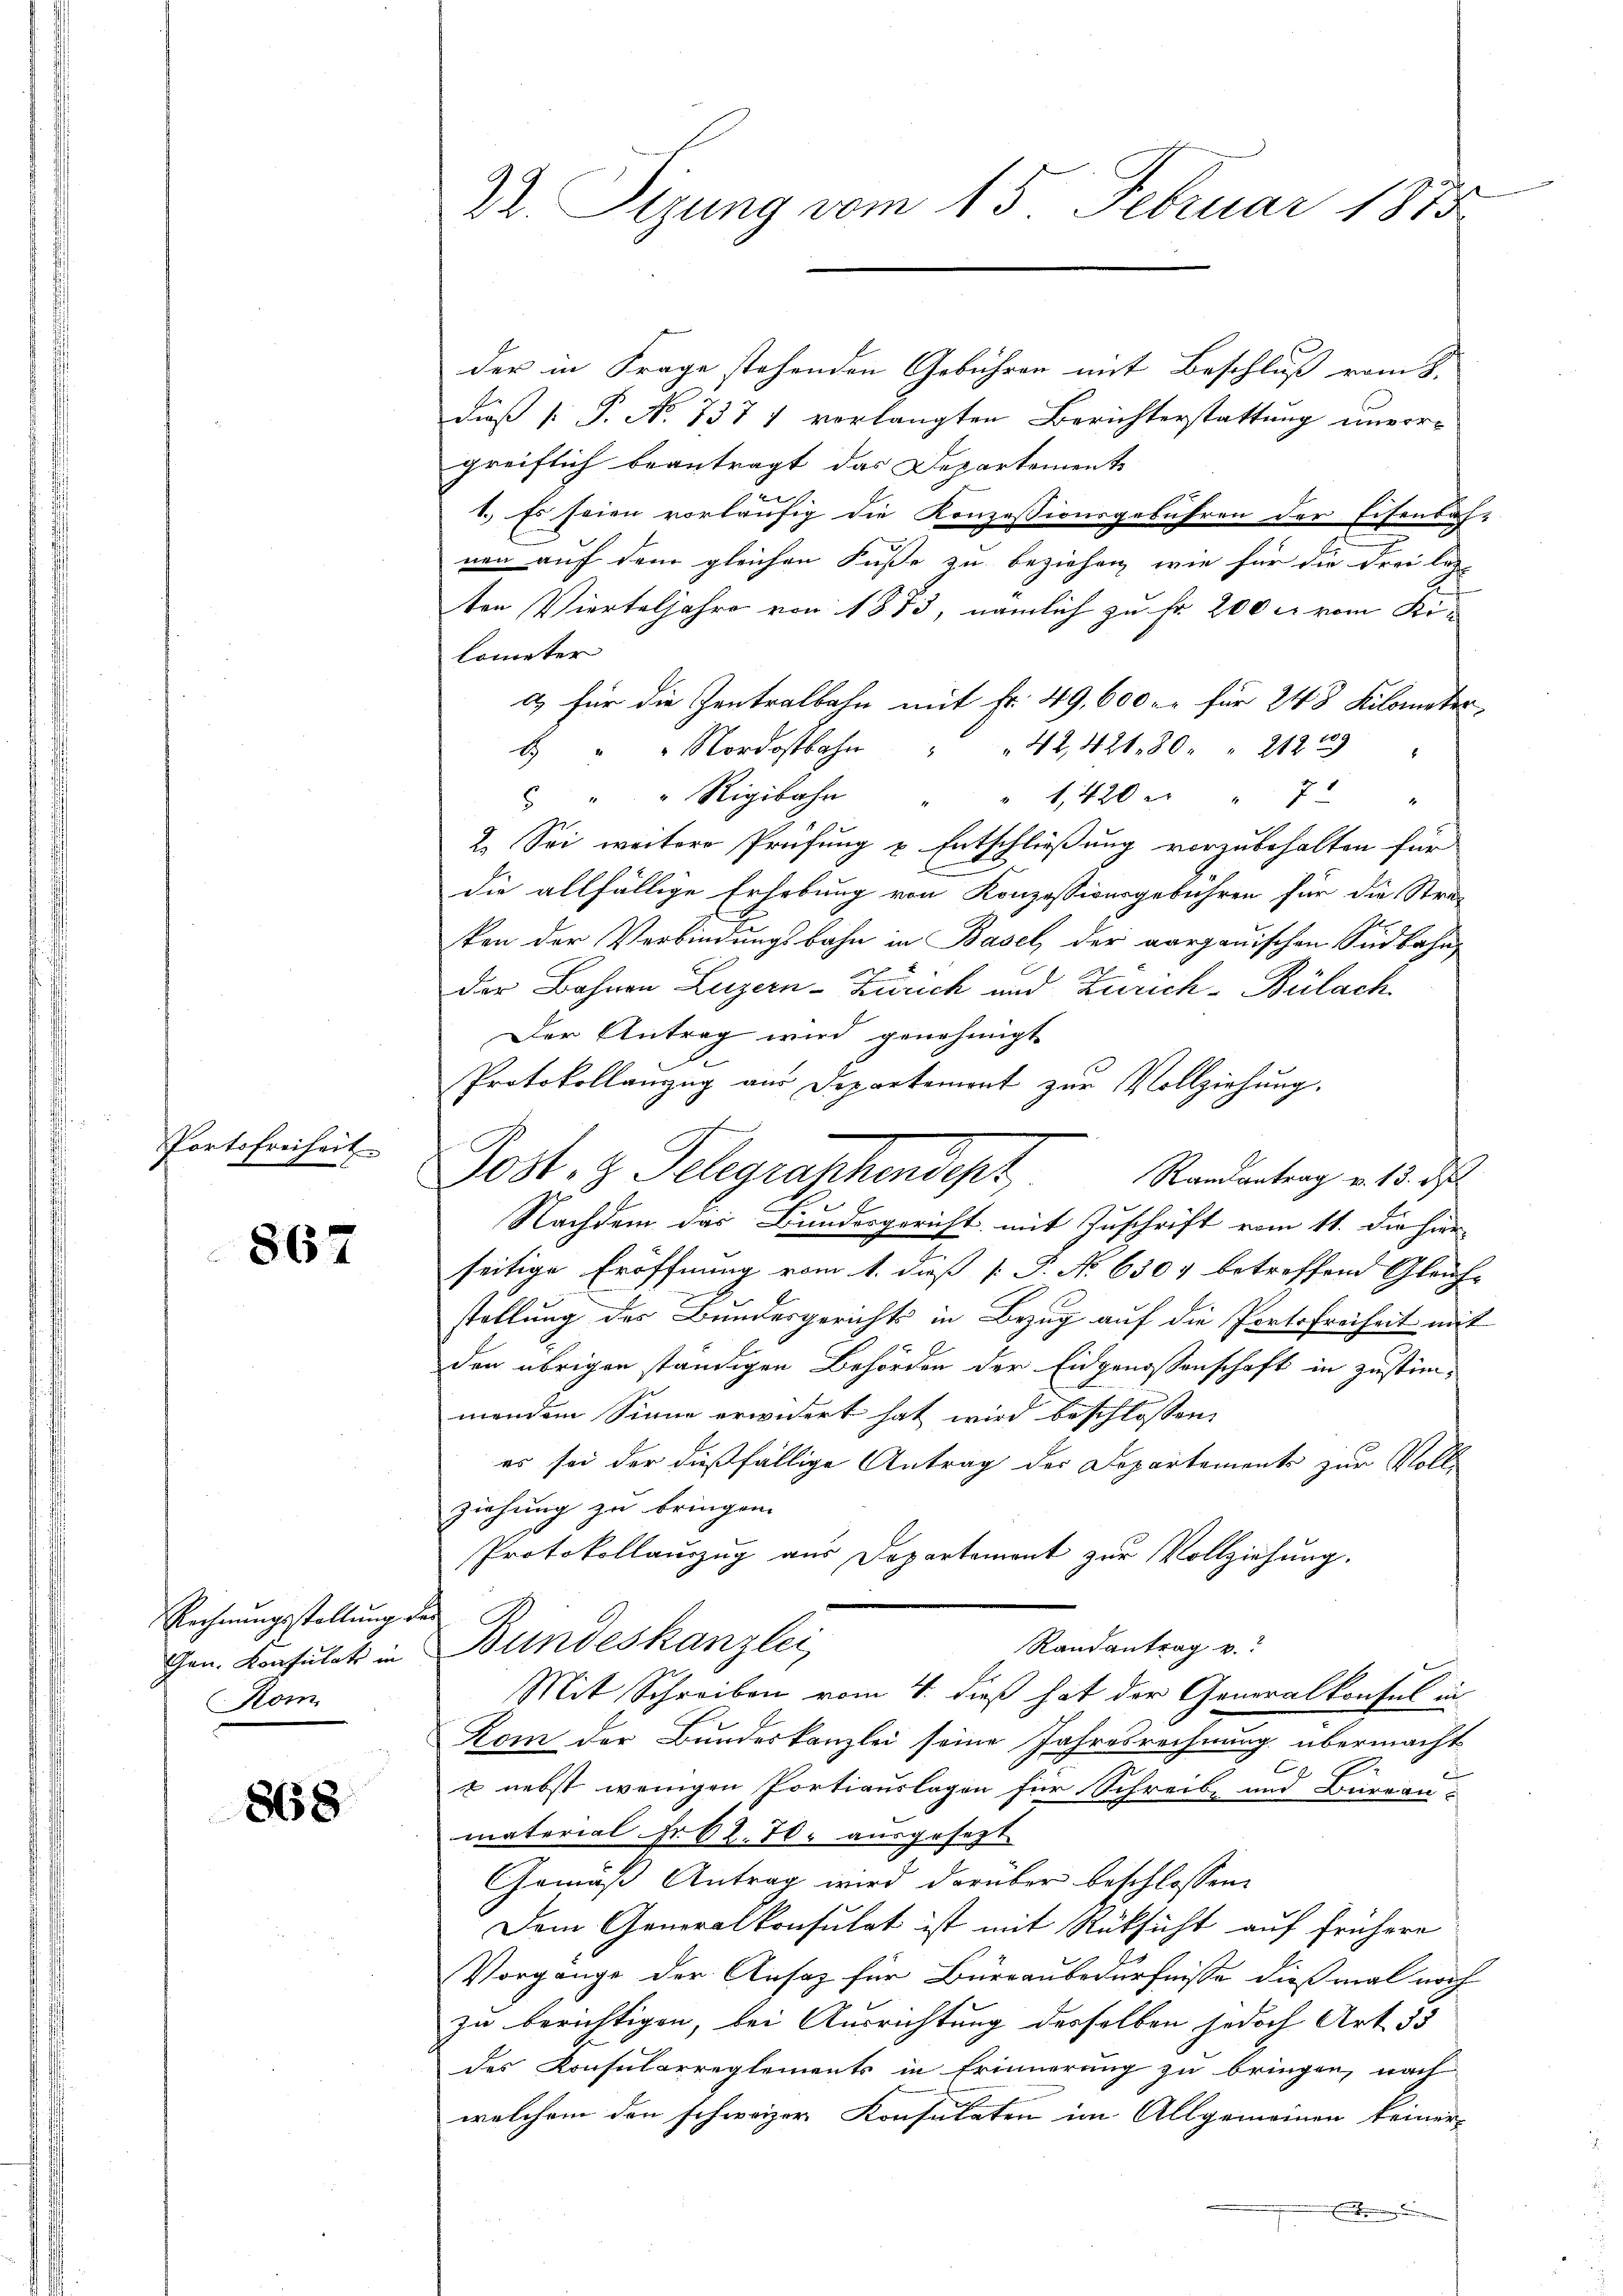
Portofreiheit

867

Rechnungsstellung de
Gen. Konsulats in
Kom

868

Dr. Sizung vom 15. Februar 1875

der in Frage stehenden Gebühren mit Beschluß vom 8.
dieß [ P. N. 737 1 vorlangten Berichterstattung unvergreiflich beantragt das Departement
1. Es seien vorläufig die Konzessionsgebühren der Eisenbah-
nen auf dem gleichen Fuße zu beziehen, wie für die Frei les-
s
ten Vierteljahre von 1873, nämlich zu Fr. 200 c. vom Ki
lometer
a) für die Zentralbahn mit Fr. 49,600. für 248 Kilometer,
4 " " Nordostbahn " " 42, 421. 20 " " 21223 "
" " " Rigibahn " " 1420 u. 7
2. Sei weitere Prüfung u. Entschließung vorzubehalten für
die allfällige Erhebung von Konzessionsgebühren für die Stra-
ken der Verbindungsbahn in Basel der aargauischen Südbahn
Der Bahnen Luzern-Zürich und Zürich-Bülach
Der Antrag wird genehmigt
Protokollanzug aus Departement zur Vollziehung.
Post. H. Telegraschendet,
Randantrag v. 13. d
Nachdem das Bundesgericht mit Zuschrift vom 11. die hier
seitige Eröffnung vom 1. dieß [ P. No 6307 betreffend Gleich- |
stellung des Bundesgerichts in Bezug auf die Portsfreiheit mit
den übrigen ständigen Behörden der Eidgenossenschaft in zustimmandem Sinne erwidert hat wird beschlossen:
es sei der dießfällige Antrag der Departements zur Voll
ziehung zu bringen.
Protokollauszug aus Departement zur Vollziehung.
Bundeskanzlei
Randantrag v.
Mit Schreiben vom 4. dieß hat der Generalkonsul in
Kom der Bundeskanzlei seine Jahresrechnung übermacht

e
& nebst wenigen Portiauslagen für Schreibe und Büreau-
material Fr. 62. 70. ausgesezt.
Gemäß Antrag wird darüber beschlossen:
Dem Generalkonsulat ist mit Rüksicht auf frühere
Vorgange der Ansaz für Büreaubedürfnisse dießmal noch
zu berichtigen, bei Ausrichtung desselben jedoch Art. 53
des Konsularreglements in Erinnerung zu bringen, nach
welchem den schweizer Konsulaten im Allgemeinen keiner
.